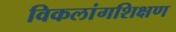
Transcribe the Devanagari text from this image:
विकलांगशिक्षण